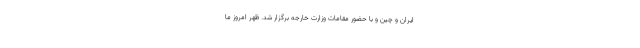
ایران و چین و با حضور مقامات وزارت خارجه برگزار شد. ظهر امروز ما